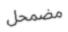
مضمحل